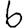
Digit: 6